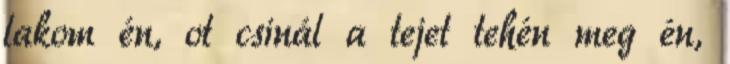
lakom én, ot csinál a tejet tehén meg én,